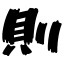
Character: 則